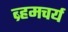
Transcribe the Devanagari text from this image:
ब्र्हमचर्य